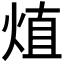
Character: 𤊧